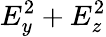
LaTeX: {E_{y}^{2}+E_{z}^{2}}